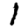
Digit: 1